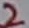
Text: 2